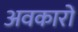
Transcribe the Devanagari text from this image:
अवकारों